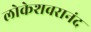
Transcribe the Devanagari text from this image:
लोकेशवरानंद